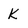
Character: K